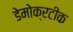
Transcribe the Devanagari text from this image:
डेमोक्रटीक